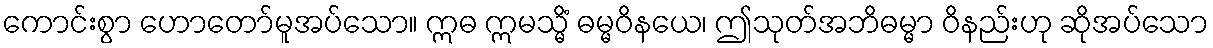
ကောင်းစွာ ဟောတော်မူအပ်သော။ ဣဓ ဣမသ္မိံ ဓမ္မဝိနယေ၊ ဤသုတ်အဘိဓမ္မာ ဝိနည်းဟု ဆိုအပ်သော